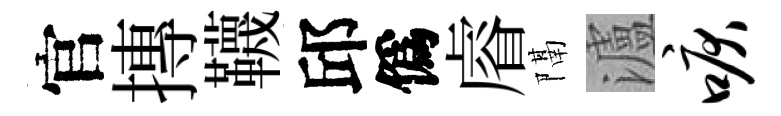
官摶韈邱僞𥈠隔瀘唳